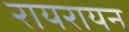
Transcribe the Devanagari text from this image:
रायरायन